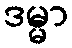
ဒမ္မာ